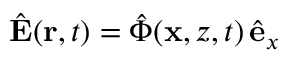
\hat { \mathbf { E } } ( \mathbf { r } , t ) = \hat { \Phi } ( \mathbf { x } , z , t ) \, \hat { \mathbf { e } } _ { x }